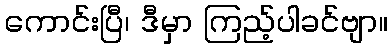
ကောင်းပြီ၊ ဒီမှာ ကြည့်ပါခင်ဗျာ။